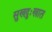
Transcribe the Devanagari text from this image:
सुखदुःखात